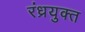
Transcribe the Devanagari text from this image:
रंध्रयुक्त